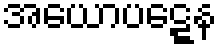
အယောပဋ္ဋေန